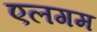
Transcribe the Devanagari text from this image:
एलगम